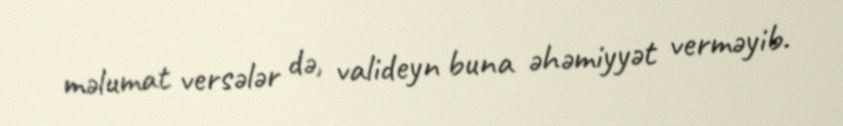
məlumat versələr də, valideyn buna əhəmiyyət verməyib.